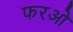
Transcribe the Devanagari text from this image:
फरओ